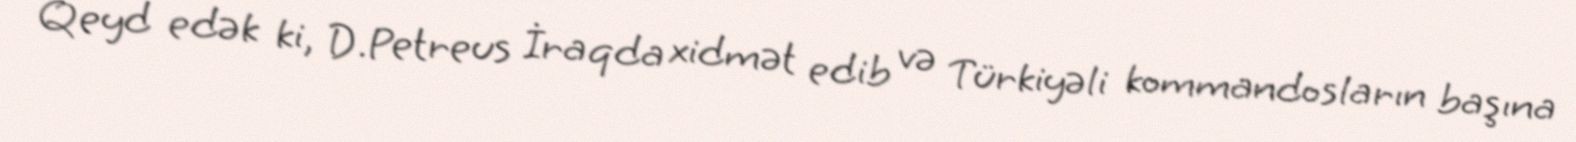
Qeyd edək ki, D.Petreus İraqda xidmət edib və Türkiyəli kommandosların başına